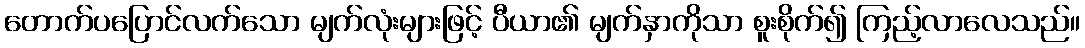
တောက်ပပြောင်လက်သော မျက်လုံးများဖြင့် ပီယာ၏ မျက်နှာကိုသာ စူးစိုက်၍ ကြည့်လာလေသည်။